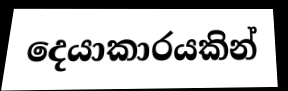
දෙයාකාරයකින්